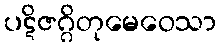
ပဋိဇဂ္ဂိတုမေဝေသာ